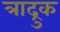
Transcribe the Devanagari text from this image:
त्राद्रुक